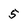
Character: 5